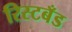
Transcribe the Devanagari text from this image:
रिस्टबँड